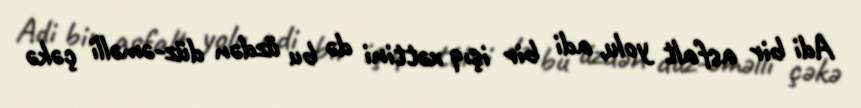
Adi bir asfalt yolu, adi bir işıq xəttini də bu üzdən düz-əməlli çəkə